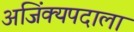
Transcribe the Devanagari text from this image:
अजिंक्यपदाला